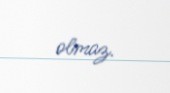
olmaz.